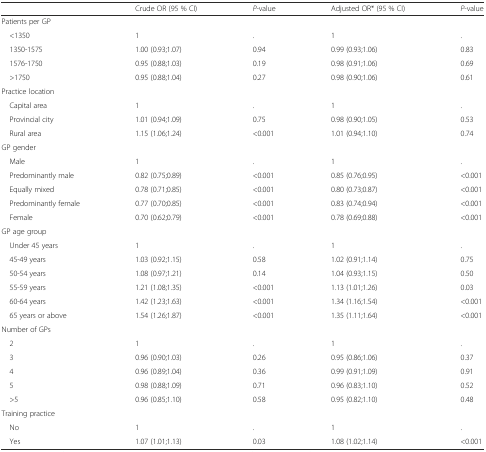
<table><thead><tr><td></td><td><b>Crude OR (95 % CI)</b></td><td><b><i>P</i>-value</b></td><td><b>Adjusted OR* (95 % CI)</b></td><td><b><i>P</i>-value</b></td></tr></thead><tbody><tr><td colspan="5">Patients per GP</td></tr><tr><td> &lt;1350</td><td>1</td><td>.</td><td>1</td><td>.</td></tr><tr><td> 1350-1575</td><td>1.00 (0.93;1.07)</td><td>0.94</td><td>0.99 (0.93;1.06)</td><td>0.83</td></tr><tr><td> 1576-1750</td><td>0.95 (0.88;1.03)</td><td>0.19</td><td>0.98 (0.91;1.06)</td><td>0.69</td></tr><tr><td> &gt;1750</td><td>0.95 (0.88;1.04)</td><td>0.27</td><td>0.98 (0.90;1.06)</td><td>0.61</td></tr><tr><td colspan="5">Practice location</td></tr><tr><td> Capital area</td><td>1</td><td>.</td><td>1</td><td>.</td></tr><tr><td> Provincial city</td><td>1.01 (0.94;1.09)</td><td>0.75</td><td>0.98 (0.90;1.05)</td><td>0.53</td></tr><tr><td> Rural area</td><td>1.15 (1.06;1.24)</td><td>&lt;0.001</td><td>1.01 (0.94;1.10)</td><td>0.74</td></tr><tr><td colspan="5">GP gender</td></tr><tr><td> Male</td><td>1</td><td>.</td><td>1</td><td>.</td></tr><tr><td> Predominantly male</td><td>0.82 (0.75;0.89)</td><td>&lt;0.001</td><td>0.85 (0.76;0.95)</td><td>&lt;0.001</td></tr><tr><td> Equally mixed</td><td>0.78 (0.71;0.85)</td><td>&lt;0.001</td><td>0.80 (0.73;0.87)</td><td>&lt;0.001</td></tr><tr><td> Predominantly female</td><td>0.77 (0.70;0.85)</td><td>&lt;0.001</td><td>0.83 (0.74;0.94)</td><td>&lt;0.001</td></tr><tr><td> Female</td><td>0.70 (0.62;0.79)</td><td>&lt;0.001</td><td>0.78 (0.69;0.88)</td><td>&lt;0.001</td></tr><tr><td colspan="5">GP age group</td></tr><tr><td> Under 45 years</td><td>1</td><td>.</td><td>1</td><td>.</td></tr><tr><td> 45-49 years</td><td>1.03 (0.92;1.15)</td><td>0.58</td><td>1.02 (0.91;1.14)</td><td>0.75</td></tr><tr><td> 50-54 years</td><td>1.08 (0.97;1.21)</td><td>0.14</td><td>1.04 (0.93;1.15)</td><td>0.50</td></tr><tr><td> 55-59 years</td><td>1.21 (1.08;1.35)</td><td>&lt;0.001</td><td>1.13 (1.01;1.26)</td><td>0.03</td></tr><tr><td> 60-64 years</td><td>1.42 (1.23;1.63)</td><td>&lt;0.001</td><td>1.34 (1.16;1.54)</td><td>&lt;0.001</td></tr><tr><td> 65 years or above</td><td>1.54 (1.26;1.87)</td><td>&lt;0.001</td><td>1.35 (1.11;1.64)</td><td>&lt;0.001</td></tr><tr><td colspan="5">Number of GPs</td></tr><tr><td> 2</td><td>1</td><td>.</td><td>1</td><td>.</td></tr><tr><td> 3</td><td>0.96 (0.90;1.03)</td><td>0.26</td><td>0.95 (0.86;1.06)</td><td>0.37</td></tr><tr><td> 4</td><td>0.96 (0.89;1.04)</td><td>0.36</td><td>0.99 (0.91;1.09)</td><td>0.91</td></tr><tr><td> 5</td><td>0.98 (0.88;1.09)</td><td>0.71</td><td>0.96 (0.83;1.10)</td><td>0.52</td></tr><tr><td> &gt;5</td><td>0.96 (0.85;1.10)</td><td>0.58</td><td>0.95 (0.82;1.10)</td><td>0.48</td></tr><tr><td colspan="5">Training practice</td></tr><tr><td> No</td><td>1</td><td>.</td><td>1</td><td>.</td></tr><tr><td> Yes</td><td>1.07 (1.01;1.13)</td><td>0.03</td><td>1.08 (1.02;1.14)</td><td>&lt;0.001</td></tr></tbody></table>